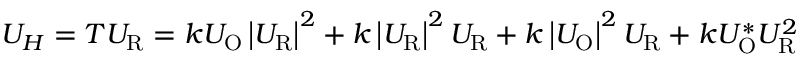
U _ { H } = T U _ { \mathrm { R } } = k U _ { \mathrm { O } } \left| U _ { \mathrm { R } } \right| ^ { 2 } + k \left| U _ { \mathrm { R } } \right| ^ { 2 } U _ { \mathrm { R } } + k \left| U _ { \mathrm { O } } \right| ^ { 2 } U _ { \mathrm { R } } + k U _ { \mathrm { O } } ^ { * } U _ { \mathrm { R } } ^ { 2 }